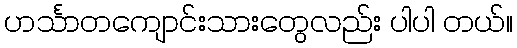
ဟင်္သာတကျောင်းသားတွေလည်း ပါပါ တယ်။